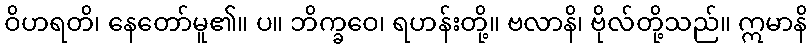
ဝိဟရတိ၊ နေတော်မူ၏။ ပ။ ဘိက္ခဝေ၊ ရဟန်းတို့။ ဗလာနိ၊ ဗိုလ်တို့သည်။ ဣမာနိ